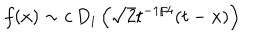
f ( x ) \sim c \, D _ { i } \left( \sqrt { 2 } t ^ { - 1 / 4 } ( t - x ) \right)